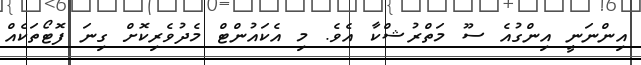
އިންނަނީ އިންގުއެ ސޫ މަތްރުޝްކާ އެވެ. މި އެކައުންޓް މެދުވެރިކޮށް ގިނަ ފޮޓޯތަކެއް